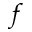
f